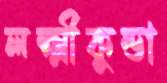
লক্ষ্মীকুন্ডা